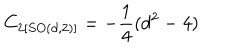
C _ { 2 \left[ S O ( d , 2 ) \right] } = - \frac { 1 } { 4 } ( d ^ { 2 } - 4 )